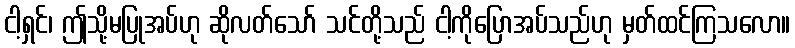
ငါ့ရှင်၊ ဤသို့မပြုအပ်ဟု ဆိုလတ်သော် သင်တို့သည် ငါ့ကိုပြောအပ်သည်ဟု မှတ်ထင်ကြသလော။